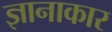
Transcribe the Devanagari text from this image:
ज्ञानाकार